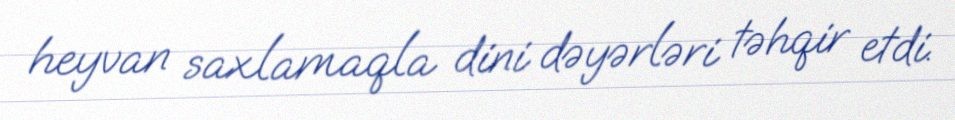
heyvan saxlamaqla dini dəyərləri təhqir etdi.